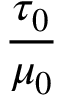
\frac { \tau _ { 0 } } { \mu _ { 0 } }